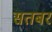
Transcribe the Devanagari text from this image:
सतबर